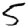
Digit: 5